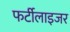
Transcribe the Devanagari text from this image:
फर्टीलाइजर